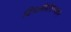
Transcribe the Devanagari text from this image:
दिच्लोरोएथ्य्लेने